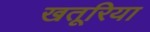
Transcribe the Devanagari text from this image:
खतूरिया